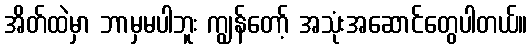
အိတ်ထဲမှာ ဘာမှမပါဘူး ကျွန်တော့် အသုံးအဆောင်တွေပါတယ်။